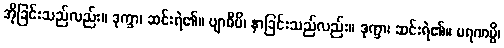
အိုခြင်းသည်လည်း။ ဒုက္ခာ၊ ဆင်းရဲ၏။ ဗျာဓိပိ၊ နာခြင်းသည်လည်း။ ဒုက္ခာ၊ ဆင်းရဲ၏။ မရဏမ္ပိ၊